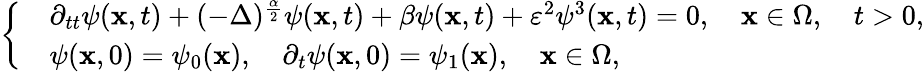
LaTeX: \left\{ \begin{array}{rl}&{\partial_{tt}\psi(\textbf{x},t)+(-\Delta)^{\frac{\alpha}{2}}\psi(\textbf{x},t)+\beta\psi(\textbf{x},t)+\varepsilon^{2}\psi^{3}(\textbf{x},t)=0,\quad\textbf{x}\in\Omega,\quad t>0,}\\ &{\psi(\textbf{x},0)=\psi_{0}(\textbf{x}),\quad\partial_{t}\psi(\textbf{x},0)=\psi_{1}(\textbf{x}),\quad\textbf{x}\in\Omega,}\end{array}\right.